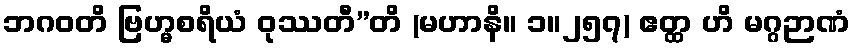
ဘဂဝတိ ဗြဟ္မစရိယံ ဝုဿတီ”တိ (မဟာနိ။ ၁။၂၅၇) ဧတ္ထ ဟိ မဂ္ဂဉာဏံ